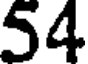
54